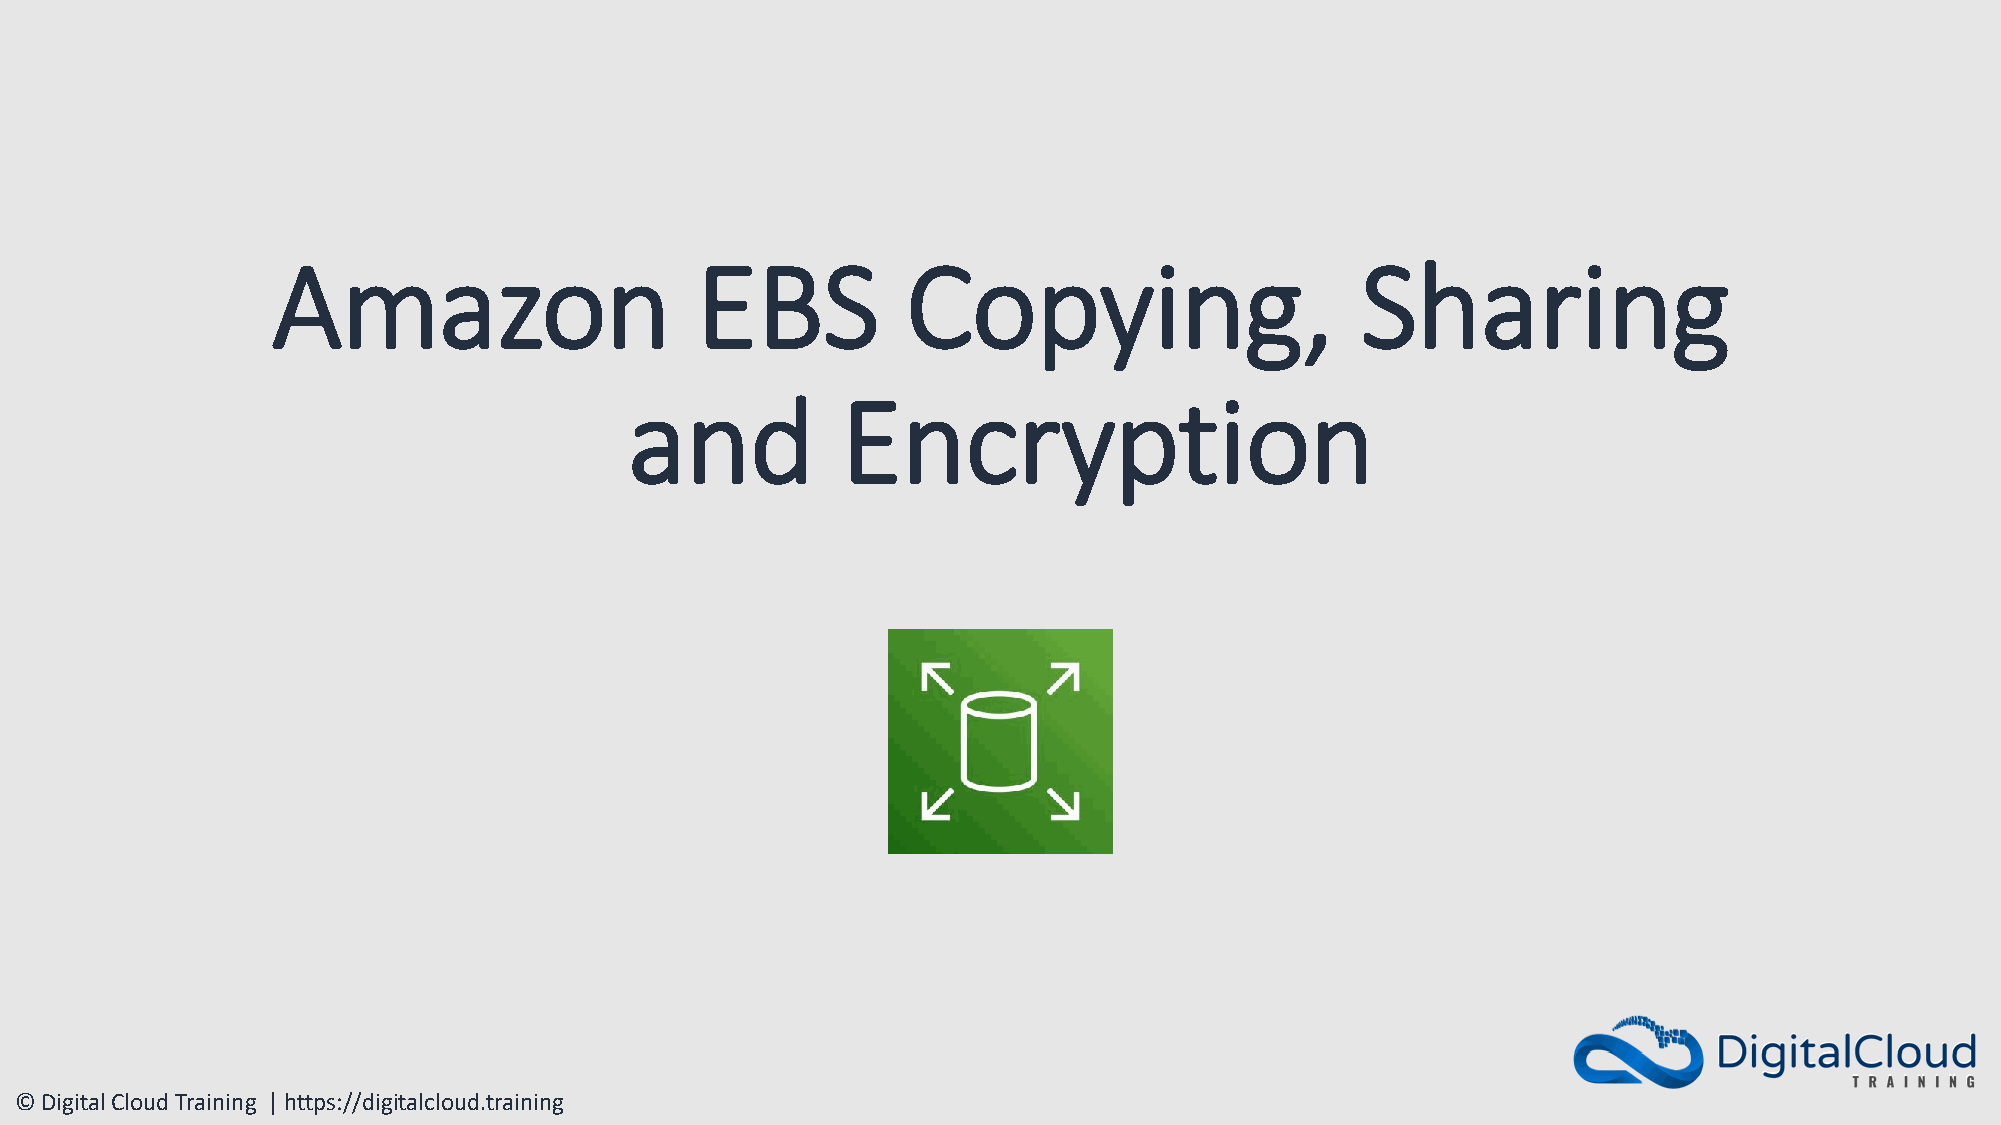
Amazon                      EBS           Copying,                      Sharing
 and           Encryption
 © Digital Cloud Training | https://digitalcloud.training